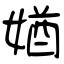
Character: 媨